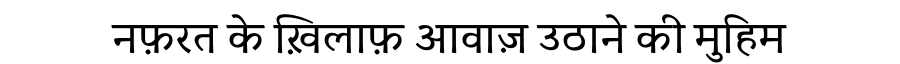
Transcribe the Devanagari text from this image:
नफ़रत के ख़िलाफ़ आवाज़ उठाने की मुहिम